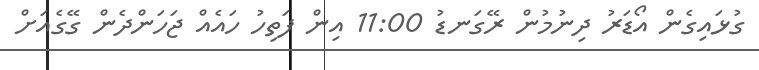
ގުޅައިގެން އޯޑަރު ދިނުމުން ރޭގަނޑު 11:00 އިން ފަތިހު ހައެއް ޖަހަންދެން ގޭގެއަށް